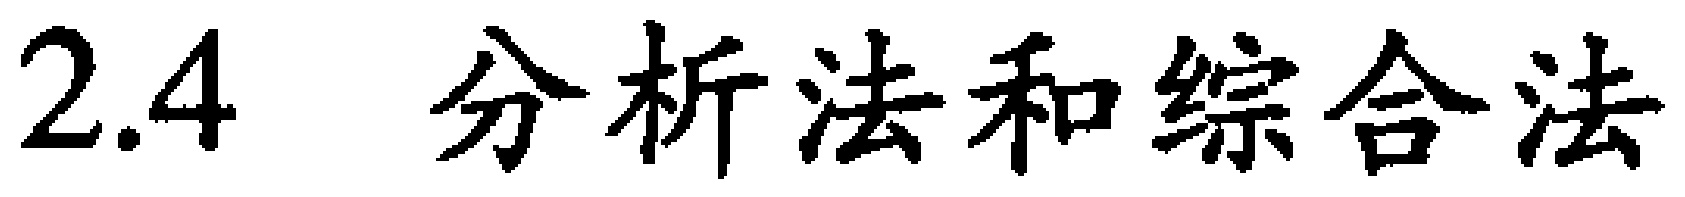
2.4 分析法和综合法